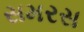
સમરસ